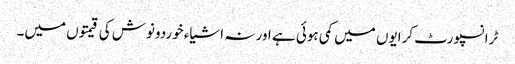
ٹرانسپورٹ کرایوں میں کمی ہوئی ہے اور نہ اشیاء خوردونوش کی قیمتوں میں۔